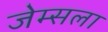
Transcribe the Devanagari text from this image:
जेम्सला